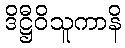
ဒိဋ္ဌီဝိသူကာနိ